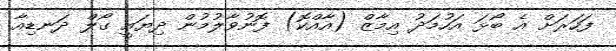
ފަހަރަށް އެ ބޯޅަ އަހުމަދު އިމާޒް (އާއްކޮ) ފޮނުވާލުމުން ދިޔައީ ގޯލް ދަނޑިއާ